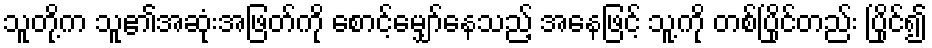
သူတို့က သူ၏အဆုံးအဖြတ်ကို စောင့်မျှော်နေသည့် အနေဖြင့် သူ့ကို တစ်ပြိုင်တည်း ပြိုင်၍